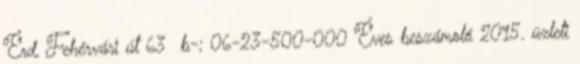
Érd, Fehérvári út 63 b-; 06-23-500-000 Éves beszámoló 2015. üzleti